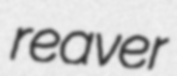
reaver